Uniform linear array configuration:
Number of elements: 8
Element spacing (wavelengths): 0.25
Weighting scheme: cosine
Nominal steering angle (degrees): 60
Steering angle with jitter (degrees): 60.988
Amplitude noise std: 0.05
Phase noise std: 0.05

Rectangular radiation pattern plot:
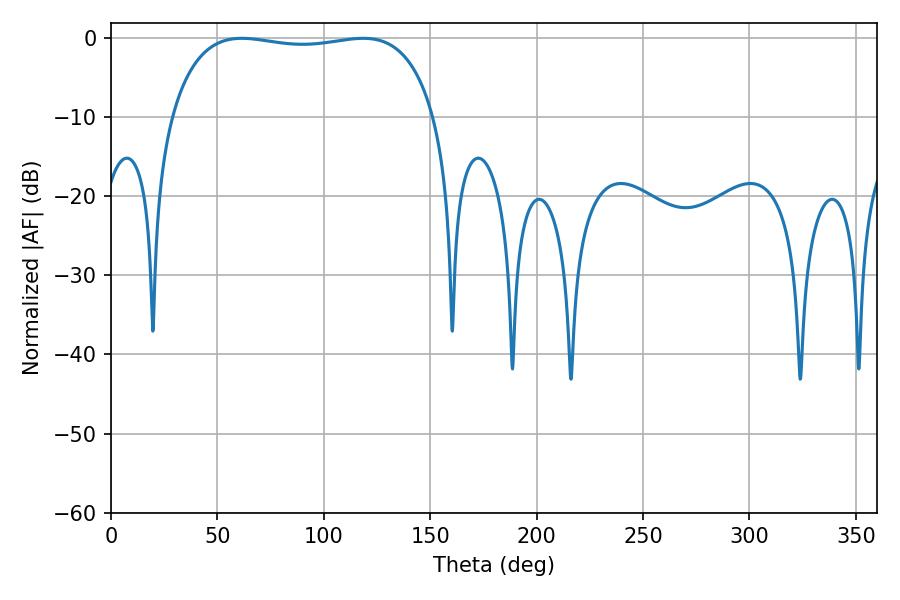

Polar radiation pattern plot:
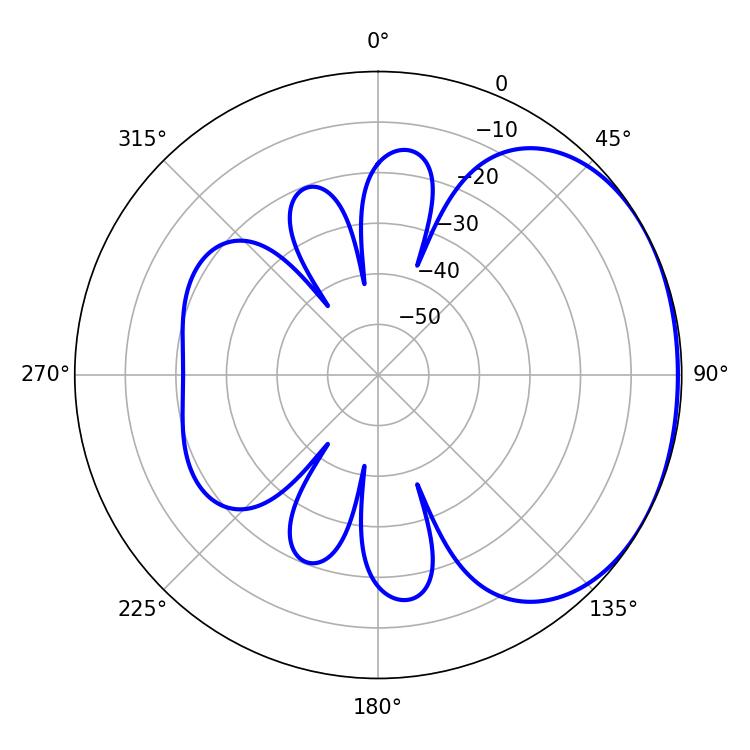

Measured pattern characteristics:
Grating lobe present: FALSE
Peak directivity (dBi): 1.51
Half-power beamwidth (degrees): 99.72
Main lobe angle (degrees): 61.56